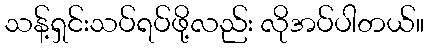
သန့်ရှင်းသပ်ရပ်ဖို့လည်း လိုအပ်ပါတယ်။